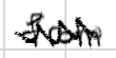
Text: from
Cross-out: zig-zag
Writing tool: digital_black